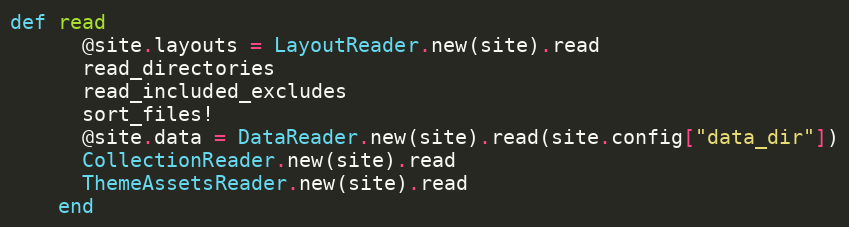
Language: Ruby
def read
      @site.layouts = LayoutReader.new(site).read
      read_directories
      read_included_excludes
      sort_files!
      @site.data = DataReader.new(site).read(site.config["data_dir"])
      CollectionReader.new(site).read
      ThemeAssetsReader.new(site).read
    end